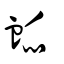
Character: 衇